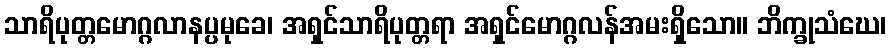
သာရိပုတ္တမောဂ္ဂလာနပ္ပမုခေ၊ အရှင်သာရိပုတ္တရာ အရှင်မောဂ္ဂလန်အမးရှိသော။ ဘိက္ခုသံဃေ၊